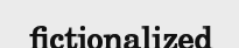
fictionalized